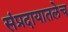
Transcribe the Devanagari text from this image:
संप्रदायातलेच